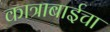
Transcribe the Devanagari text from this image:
कात्राबाईचा